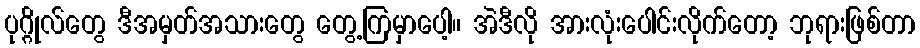
ပုဂ္ဂိုလ်တွေ ဒီအမှတ်အသားတွေ တွေ့ကြမှာပေါ့။ အဲဒီလို အားလုံးပေါင်းလိုက်တော့ ဘုရားဖြစ်တာ